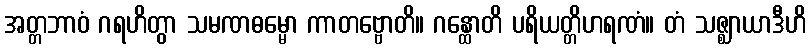
အတ္တဘာဝံ ဂရဟိတွာ သမဏဓမ္မော ကာတဗ္ဗောတိ။ ဂန္ထောတိ ပရိယတ္တိဟရဏံ။ တံ သဇ္ဈာယာဒီဟိ